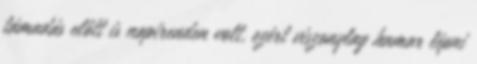
támadás előtt is napirenden volt, ezért viszonylag hamar lépni